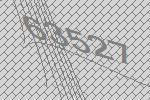
63527